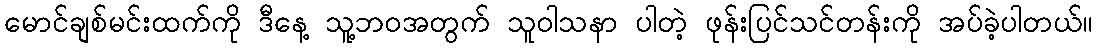
မောင်ချစ်မင်းထက်ကို ဒီနေ့ သူ့ဘဝအတွက် သူဝါသနာ ပါတဲ့ ဖုန်းပြင်သင်တန်းကို အပ်ခဲ့ပါတယ်။